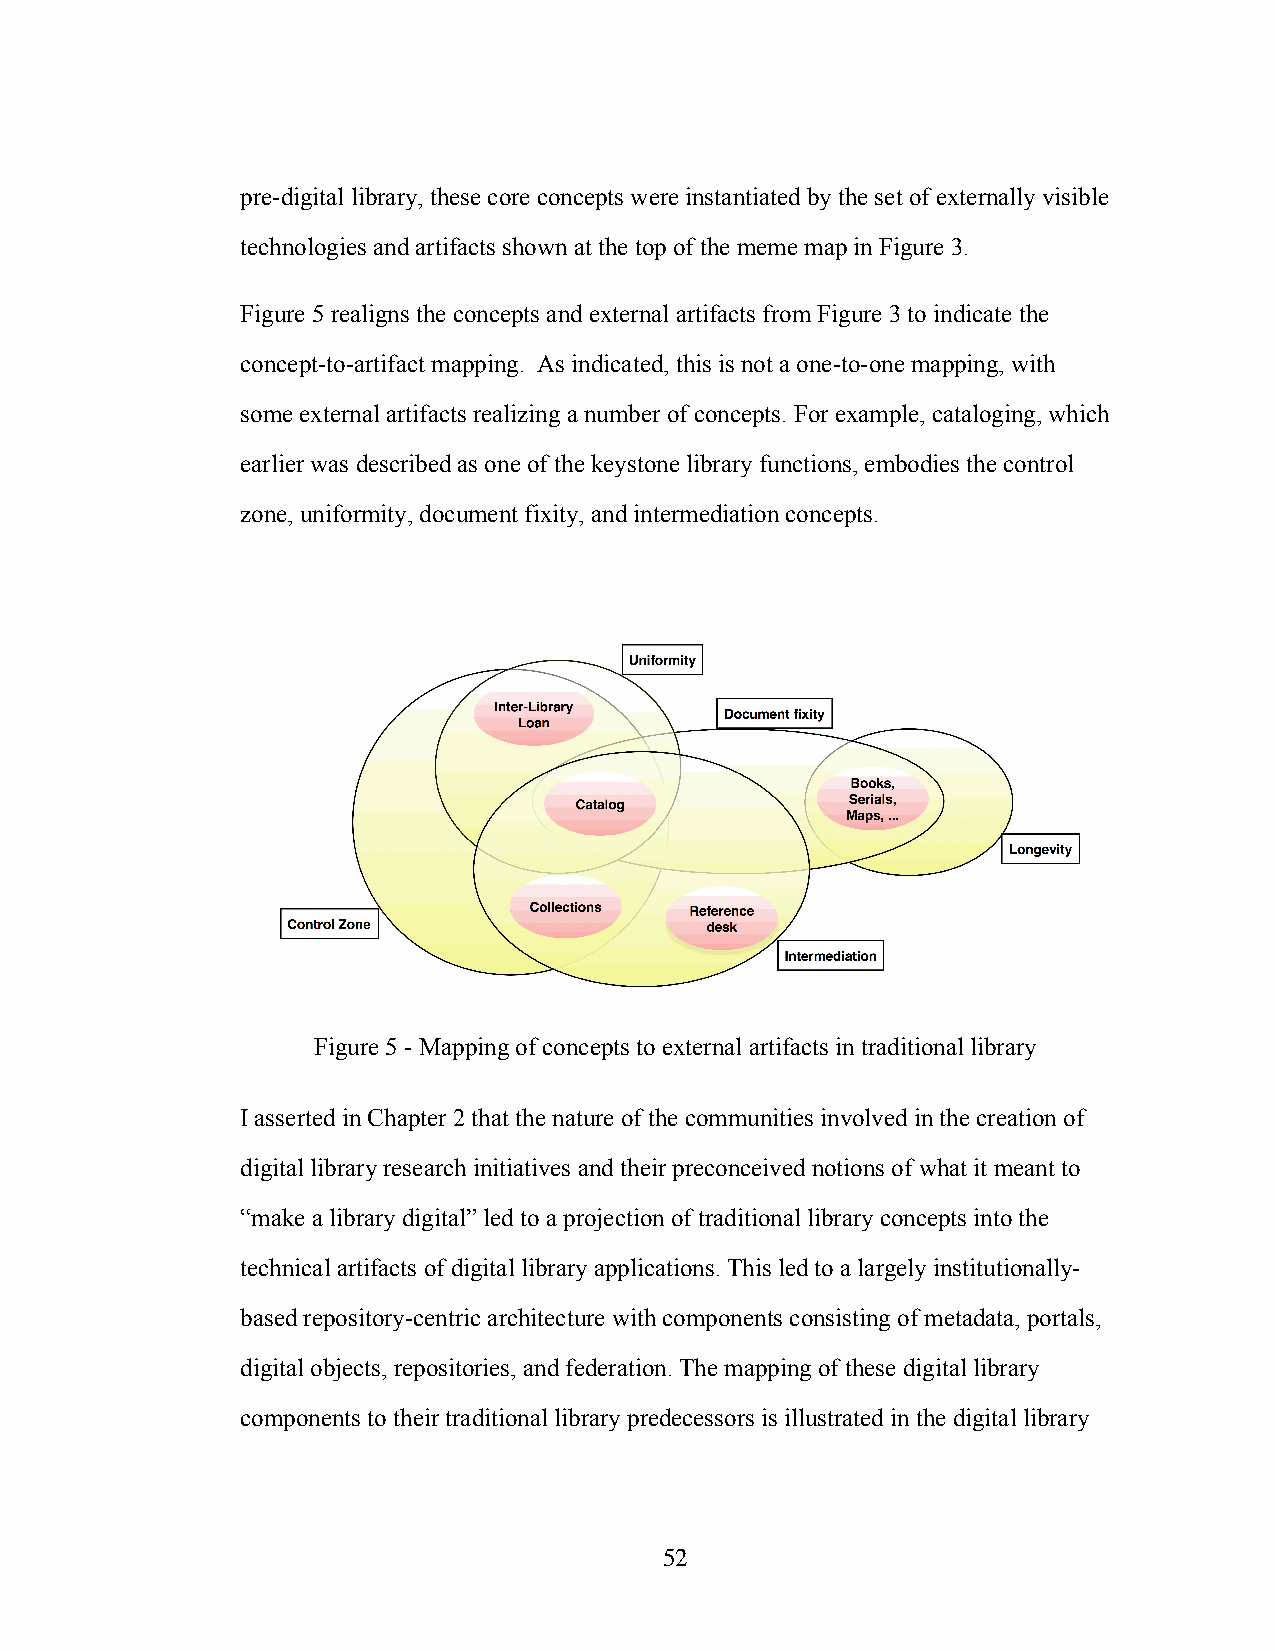
pre-digital library, these core concepts were instantiated by the set of externally visible
 technologies and artifacts shown at the top of the meme map in Figure 3.
 Figure 5 realigns the concepts and external artifacts from Figure 3 to indicate the
 concept-to-artifact mapping. As indicated, this is not a one-to-one mapping, with
 some external artifacts realizing a number of concepts. For example, cataloging, which
 earlier was described as one of the keystone library functions, embodies the control
 zone, uniformity, document fixity, and intermediation concepts.
 Figure 5 - Mapping of concepts to external artifacts in traditional library
 I asserted in Chapter 2 that the nature of the communities involved in the creation of
 digital library research initiatives and their preconceived notions of what it meant to
 “make a library digital” led to a projection of traditional library concepts into the
 technical artifacts of digital library applications. This led to a largely institutionally-
 based repository-centric architecture with components consisting of metadata, portals,
 digital objects, repositories, and federation. The mapping of these digital library
 components to their traditional library predecessors is illustrated in the digital library
 52